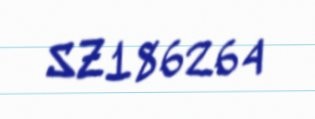
SZ186264